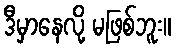
ဒီမှာနေလို့ မဖြစ်ဘူး။